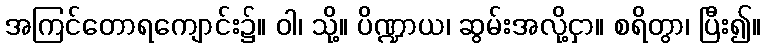
အကြင်တောရကျောင်း၌။ ဝါ၊ သို့။ ပိဏ္ဍာယ၊ ဆွမ်းအလို့ငှာ။ စရိတွာ၊ ပြီး၍။